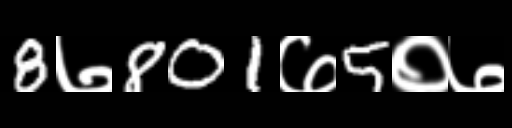
Text: 8७801७5०७